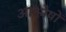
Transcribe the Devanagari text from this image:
आश्लेषों